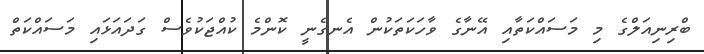
ބްރިނިއަލްގެ މި މަސައްކަތާއި އޭނާގެ ވާހަކަތަކުން އެނގެނީ ކޮންމެ ކުއްޖަކުވެސް ގަދައަޅައި މަސައްކަތް